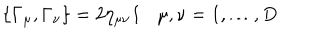
LaTeX: \{ \Gamma _ { \mu } , \Gamma _ { \nu } \} = 2 \eta _ { \mu \nu } { \bf 1 } \mu , \nu = 1 , \ldots , D